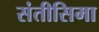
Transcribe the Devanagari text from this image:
संतीसिमा